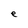
Character: e